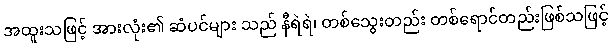
အထူးသဖြင့် အားလုံး၏ ဆံပင်များ သည် နီရဲရဲ၊ တစ်သွေးတည်း တစ်ရောင်တည်းဖြစ်သဖြင့်